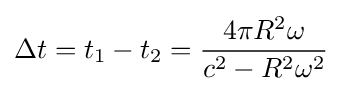
\Delta t=t_{1}-t_{2}={\frac {4\pi R^{2}\omega }{c^{2}-R^{2}\omega ^{2}}}